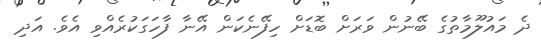
ދެ މައުލޫމާތުގެ ބޭނުން ވަރަށް ބޮޑަށް ހިފޭނެކަން އޭނާ ފާހަގަކުރެއްވި އެވެ. އަދި